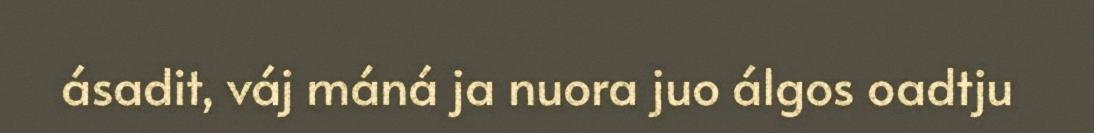
ásadit, váj máná ja nuora juo álgos oadtju